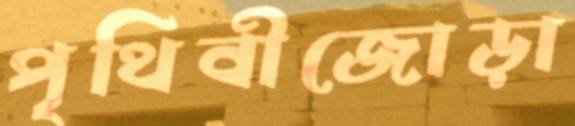
পৃথিবীজোড়া